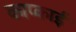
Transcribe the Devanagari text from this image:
काप्काई